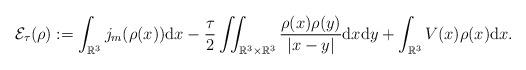
LaTeX: \begin{align*} \mathcal{E}_{\tau}(\rho):=\int_{\mathbb{R}^3}j_{m}(\rho(x)){\rm d}x - \frac{\tau}{2}\iint_{\mathbb{R}^{3}\times\mathbb{R}^{3}}\frac{\rho(x)\rho(y)}{\left|x-y\right|}{\rm d}x{\rm d}y + \int_{\mathbb{R}^3}V(x)\rho(x){\rm d}x.\end{align*}